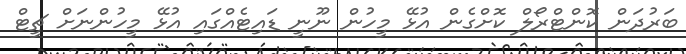
ބަރުދަން ކޮންޓްރޯލް ކޮށްގެން އުޅޭ މީހުން ނޫނީ ޑައިޓެއްގައި އުޅޭ މީހުންނަށް ޗީޓް